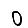
Digit: 0